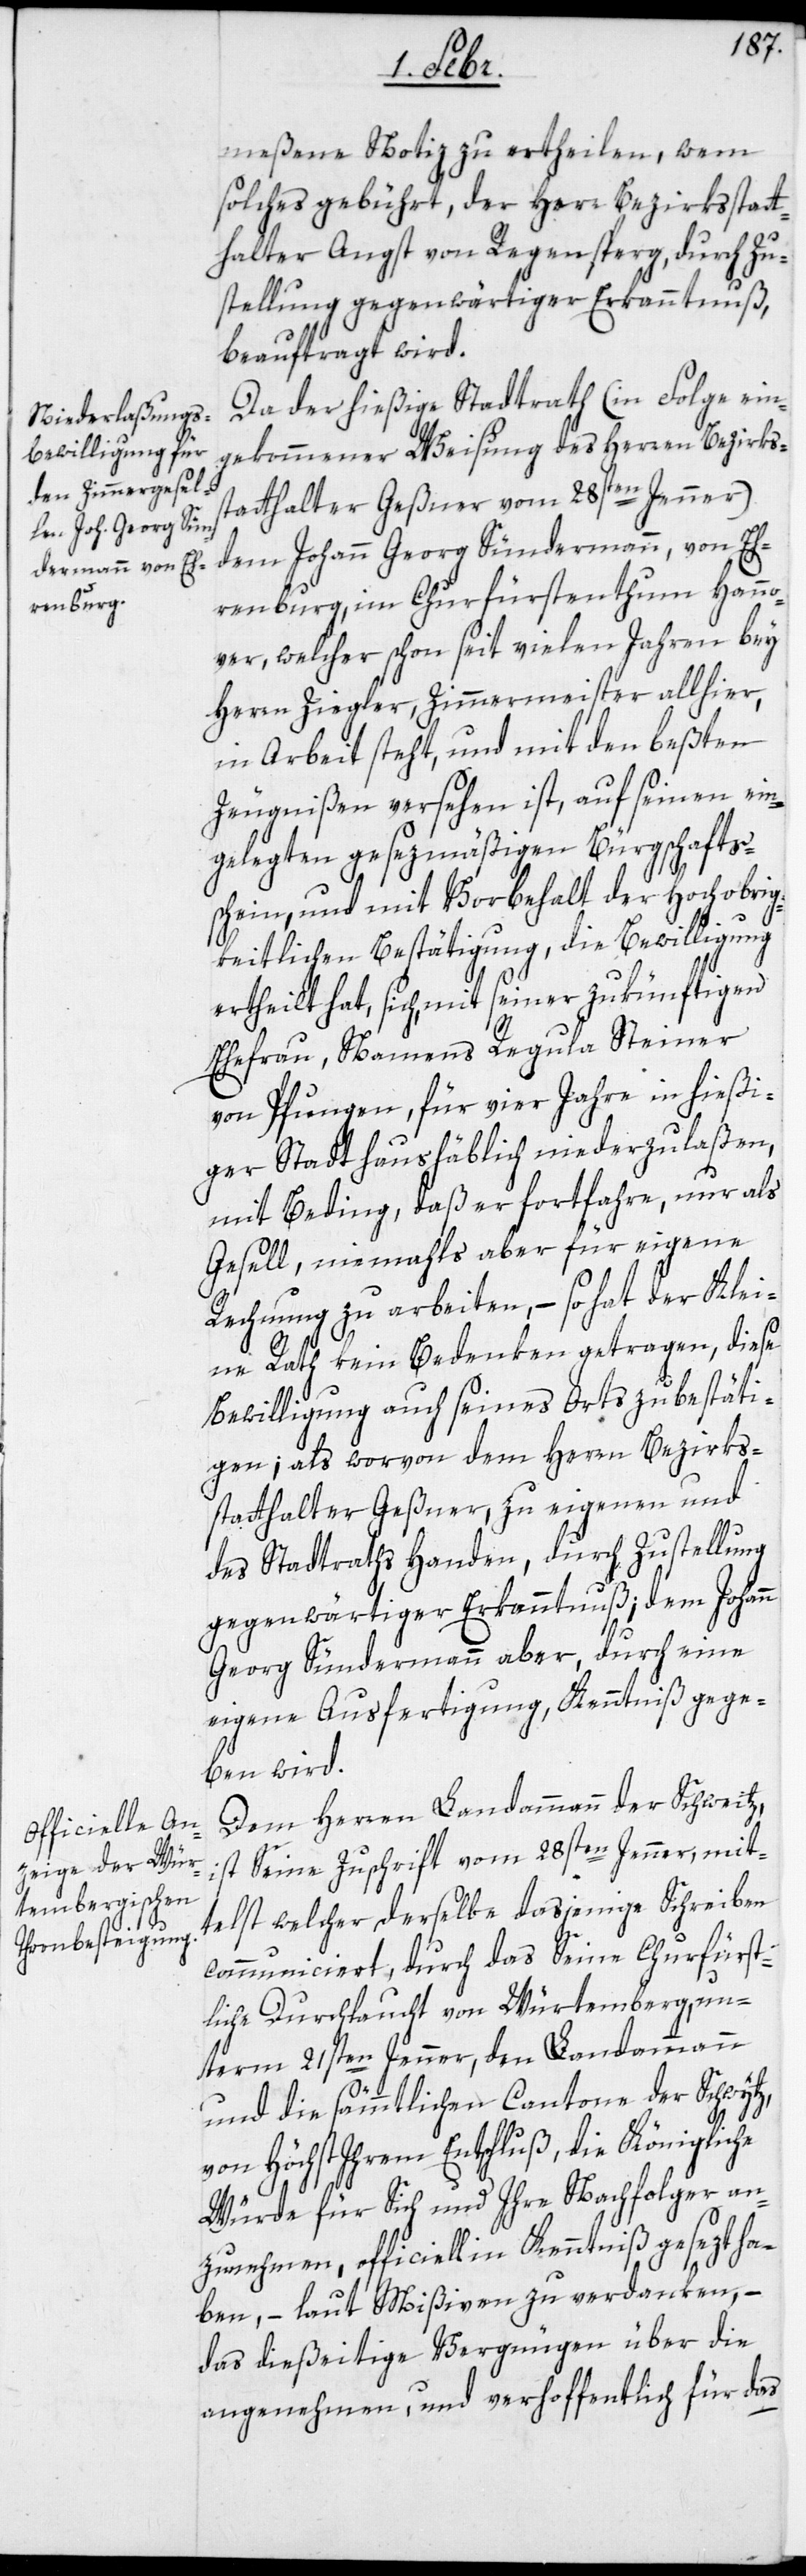
meßene Notiz zu ertheilen, wem
solches gebührt, der Herr Bezirksstatt¬
halter Angst von Regensperg, durch Zu¬
stellung gegenwärtiger Erkanntnuß,
beauftragt wird.
Da der hießige Stadtrath (in Folge ein¬
gekommener Weisung des Herren Bezirks¬
statthalter Geßner vom 28sten Jenner)
dem Johann Georg Sündermann, von Eh¬
renburg, im Churfürstenthum Hanno¬
ver, welcher schon seit vielen Jahren bey
Herrn Ziegler, Zimmermeister allhier,
in Arbeit steht, und mit den beßten
Zeugnißen versehen ist, auf seinen ein¬
gelegten gesezmäßigen Bürgschafts¬
schein und mit Vorbehalt der Hochobrig¬
keitlichen Bestätigung, die Bewilligung
ertheilt hat, sich, mit seiner zukünftigen
Ehefrau, Namens Regula Steiner
von Pfungen, für vier Jahre in hießi¬
ger Stadt haushäblich niederzulaßen,
mit Beding, daß er fortfahre, nur als
Gesell, niemahls aber für eigene
Rechnung zu arbeiten, – so hat der Klei¬
ne Rath kein Bedenken getragen, diese
Bewilligung auch seines Orts zu bestäti¬
gen; als worvon dem Herrn Bezirks¬
statthalter Geßner, zu eigenen und
des Stadtraths Handen, durch Zustellung
gegenwärtiger Erkanntnuß; dem Johann
Georg Sündermann aber, durch eine
eigene Ausfertigung, Kenntniß gege¬
ben wird.
Dem Herren Landammann der Schweitz,
ist Seine Zuschrift vom 28sten Jenner, mit¬
telst welcher derselbe dasjenige Schreiben
communiciert, durch das Seine Churfürst¬
liche Durchlaucht von Würtemberg, un¬
term 21sten Jenner, den Landammann
und die sämmtlichen Cantone der Schwytz,
von höchst Ihrem Entschluß, die Königliche
Würde für sich und Ihre Nachfolger an¬
zunehmen, officiell in Kenntniß gesezt ha¬
ben, – laut Mißiven zu verdanken, –
das dießeitige Vergnügen über die
angenehmen, und verhoffentlich für das